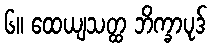
၆။ ထေယျသတ္ထ ဘိက္ခာပုဒ်